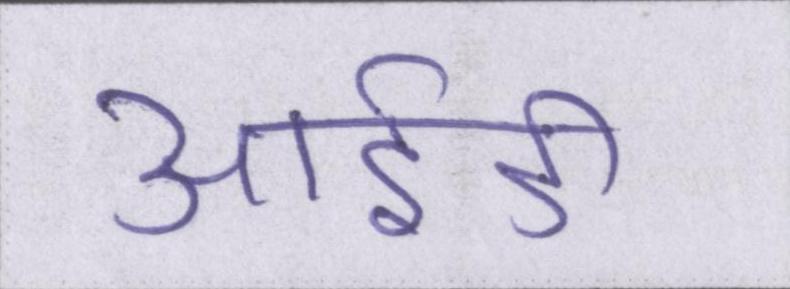
आईडी